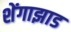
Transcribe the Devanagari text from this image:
शेंगाझाड